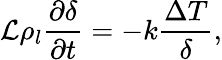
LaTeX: \mathcal{L}\rho_{l}\frac{\partial\delta}{\partial t}=-k\frac{\Delta T}{\delta},